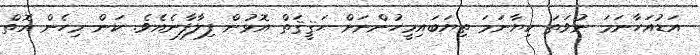
އަޑުއަހާނަމަ ނުވަތަ ކިޔާނަމަ ތިޔަބައިމީހުންނަށް ޙަޤީޤަތް އޮޅުން ފިލާފާނެއެވެ. ކަން މިހެން އޮތް